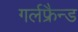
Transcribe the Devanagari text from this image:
गर्लफ्रैन्ड